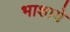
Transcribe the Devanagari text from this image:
भाशाये